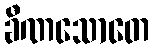
ခီဏသောတေ